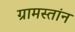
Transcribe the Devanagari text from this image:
ग्रामस्तांन